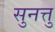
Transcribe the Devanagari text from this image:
सुनत्तु